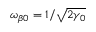
\omega _ { \beta 0 } = 1 / \sqrt { 2 \gamma _ { 0 } }